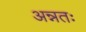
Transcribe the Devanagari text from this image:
अन्नतः